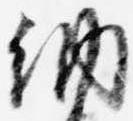
納